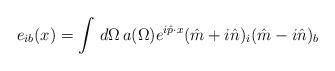
LaTeX: \begin{align*}e_{ib}(x)=\int\,d\Omega\, a(\Omega) e^{i{\hat p}\cdot x} ({\hat m}+i{\hat n})_i ({\hat m}-i{\hat n})_b\end{align*}